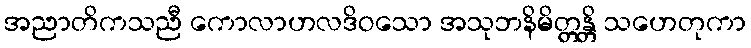
အညာတိကသညီ ကောလာဟလဒိဝသော အသုဘနိမိတ္တန္တိ သဟေတုကာ